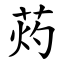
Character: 䓎